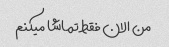
من الان فقط تماشا میکنم